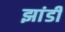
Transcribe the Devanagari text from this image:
झांडी